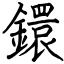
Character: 鐶